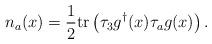
LaTeX: \begin{align*}n_a(x)=\frac{1}{2}{\rm tr}\left(\tau_3 g^\dagger(x)\tau_a g(x)\right).\end{align*}